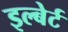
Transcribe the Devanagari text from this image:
इल्बेर्ट